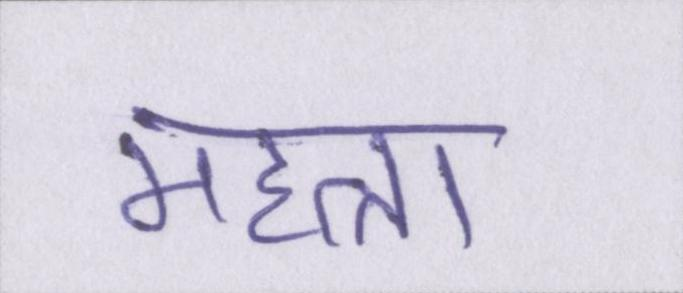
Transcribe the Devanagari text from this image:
महत्ता